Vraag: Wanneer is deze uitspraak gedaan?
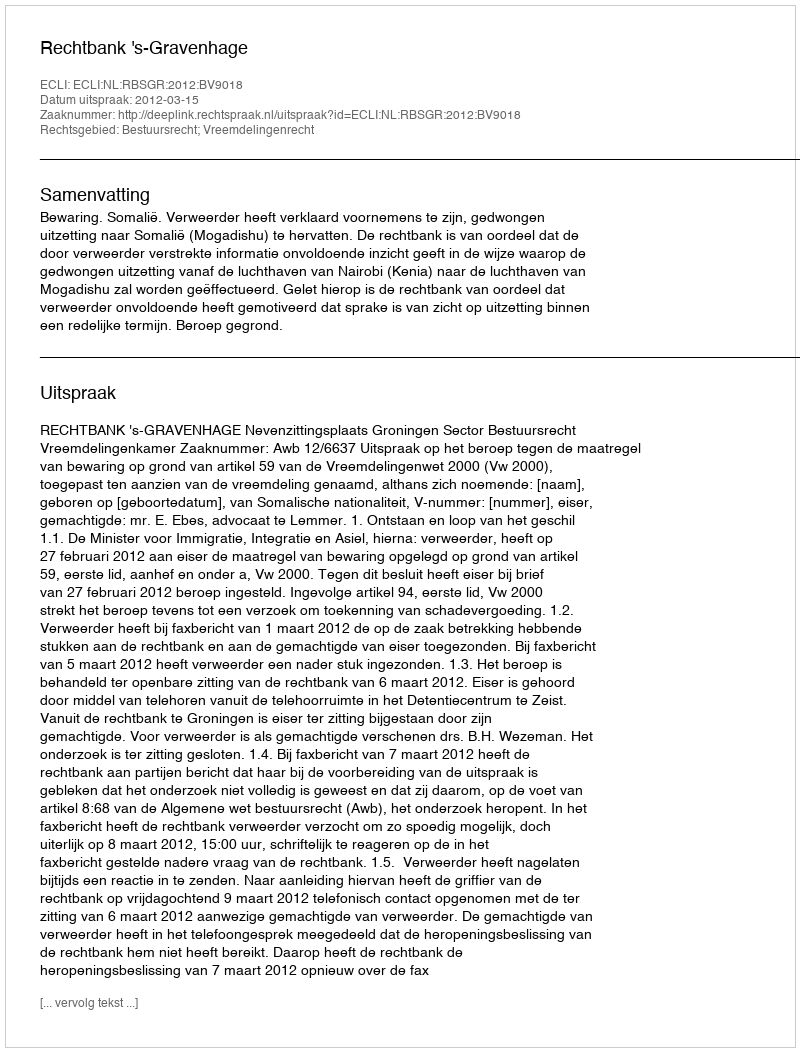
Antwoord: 2012-03-15